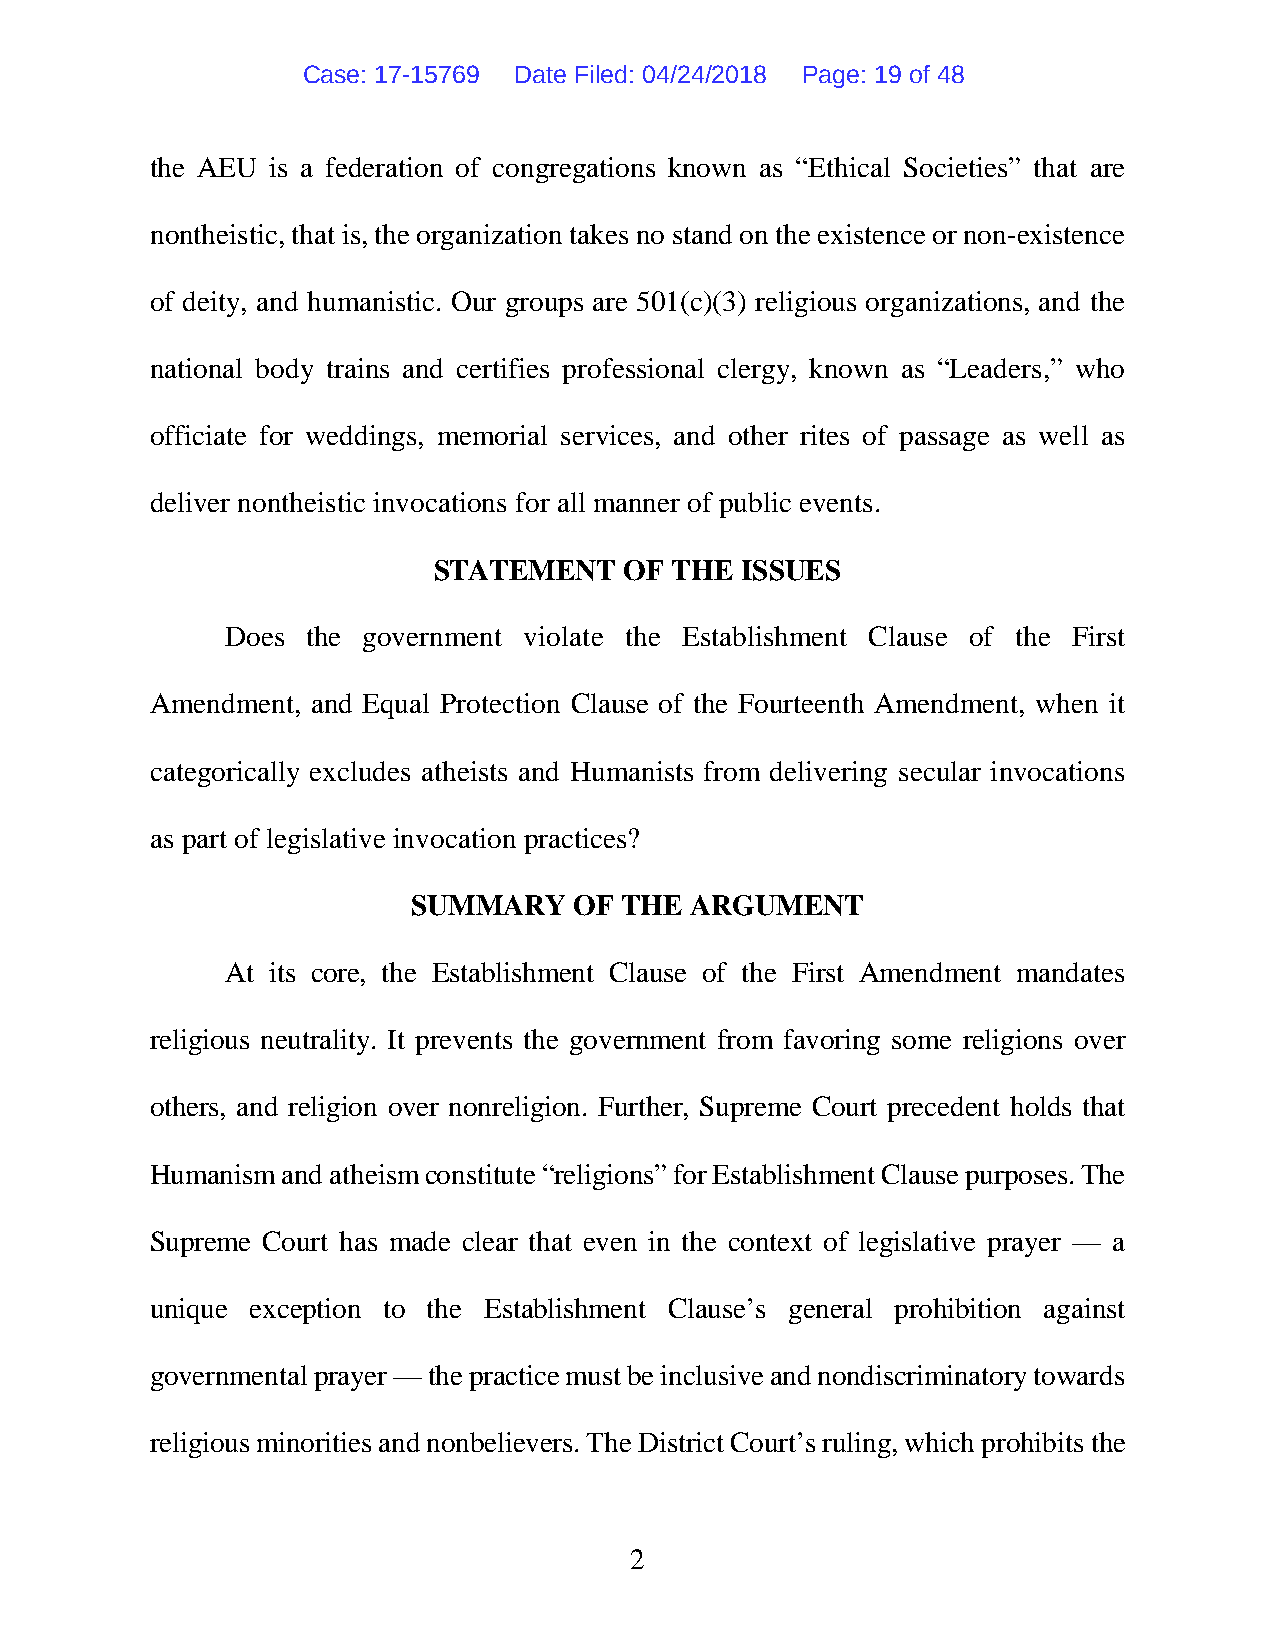
Case: 17-15769 Date Filed: 04/24/2018 Page: 19 of 48
 the AEU is a federation of congregations known as “Ethical Societies” that are
 nontheistic, that is, the organization takes no stand on the existence or non-existence
 of deity, and humanistic. Our groups are 501(c)(3) religious organizations, and the
 national body trains and certifies professional clergy, known as “Leaders,” who
 officiate for weddings, memorial services, and other rites of passage as well as
 deliver nontheistic invocations for all manner of public events.
 STATEMENT   OF THE  ISSUES
 Does the government violate the Establishment Clause of the First
 Amendment, and Equal Protection Clause of the Fourteenth Amendment, when it
 categorically excludes atheists and Humanists from delivering secular invocations
 as part of legislative invocation practices?
 SUMMARY    OF THE  ARGUMENT
 At its core, the Establishment Clause of the First Amendment mandates
 religious neutrality. It prevents the government from favoring some religions over
 others, and religion over nonreligion. Further, Supreme Court precedent holds that
 Humanism and atheism constitute “religions” for Establishment Clause purposes. The
 Supreme Court has made clear that even in the context of legislative prayer — a
 unique exception to the Establishment Clause’s general prohibition against
 governmental prayer — the practice must be inclusive and nondiscriminatory towards
 religious minorities and nonbelievers. The District Court’s ruling, which prohibits the
 2